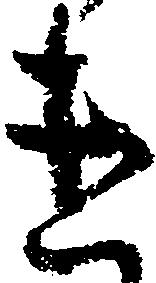
け